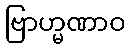
ဗြာဟ္မဏာဝ